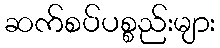
ဆက်စပ်ပစ္စည်းများ